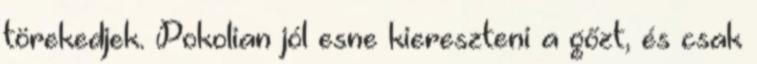
törekedjek. Pokolian jól esne kiereszteni a gőzt, és csak